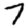
Digit: 7